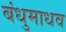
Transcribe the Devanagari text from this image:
बंधुमाधव